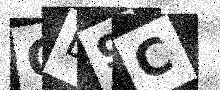
Text: QE9C